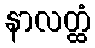
နာလတ္ထံ